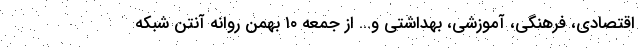
اقتصادی، فرهنگی، آموزشی، بهداشتی و… از جمعه ۱۰ بهمن روانه آنتن شبکه